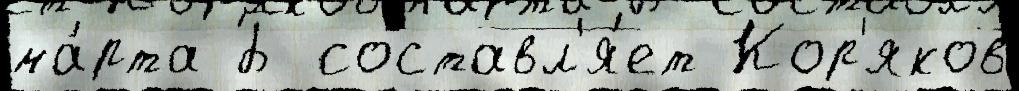
ма́рта Б составл'я́ет Кор'яков